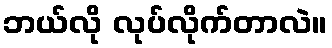
ဘယ်လို လုပ်လိုက်တာလဲ။